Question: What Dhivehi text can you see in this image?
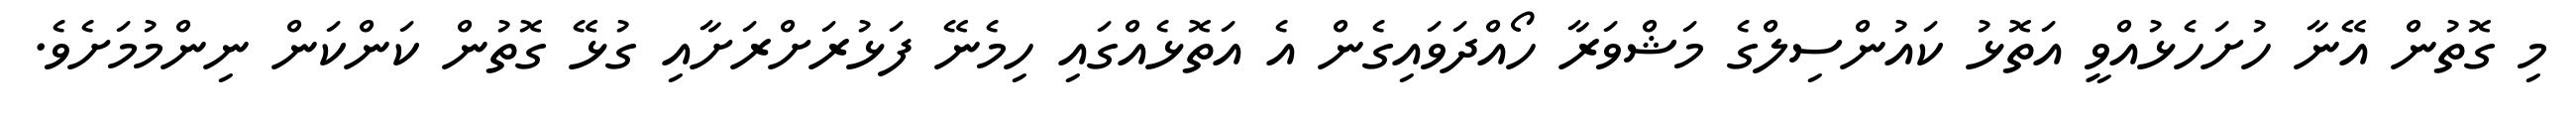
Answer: މި ގޮތުން އޭނާ ހުށަހެޅުއްވީ އަތޮޅު ކައުންސިލްގެ މަޝްވަރާ ހޯއްދަވައިގެން އެ އަތޮޅެއްގައި ހިމެނޭ ފަޅުރަށްރަށާއި ގުޅޭ ގޮތުން ކަންކަން ނިންމުމަށެވެ.